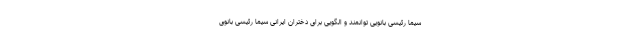
سیما رئیسی بانویی توانمند و الگویی برای دختران ایرانی سیما رئیسی بانوی